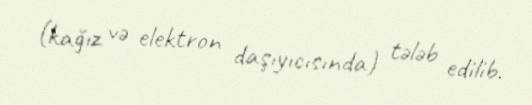
(kağız və elektron daşıyıcısında) tələb edilib.